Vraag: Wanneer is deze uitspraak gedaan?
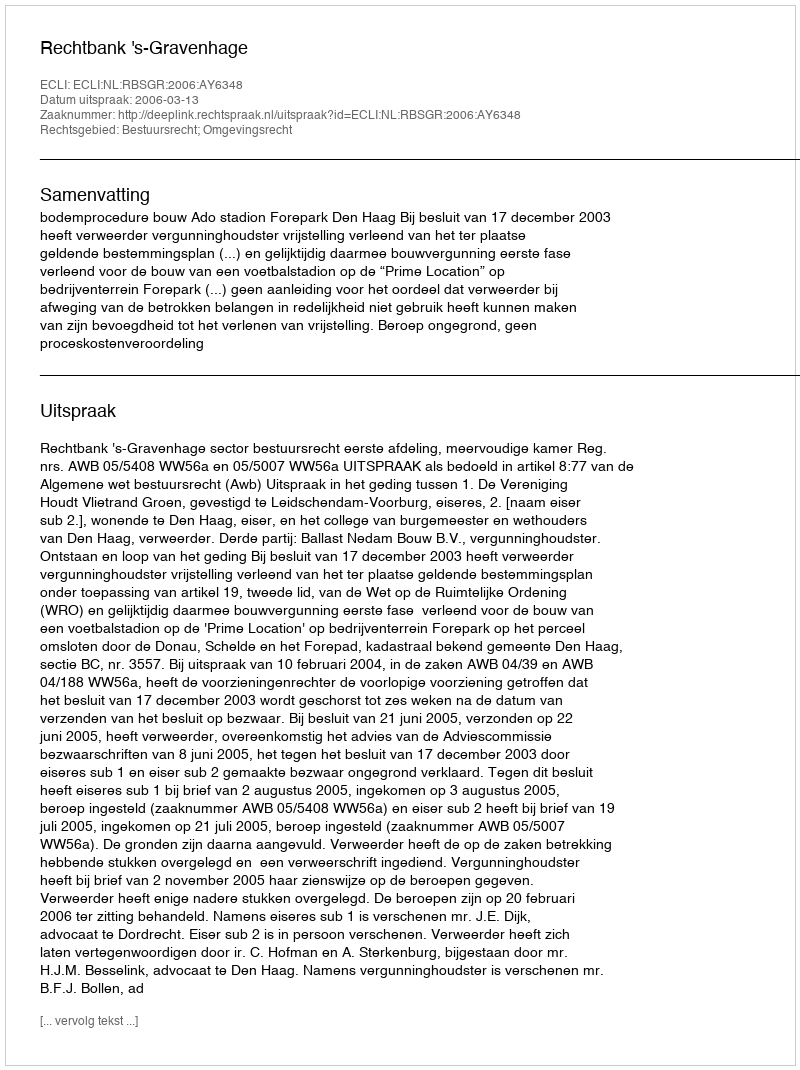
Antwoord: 2006-03-13